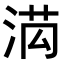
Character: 𭰯